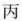
丙